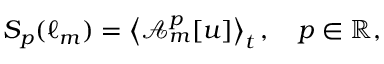
S _ { p } ( \ell _ { m } ) = \left\langle \mathcal { A } _ { m } ^ { p } [ u ] \right\rangle _ { t } , \quad p \in \mathbb { R } ,